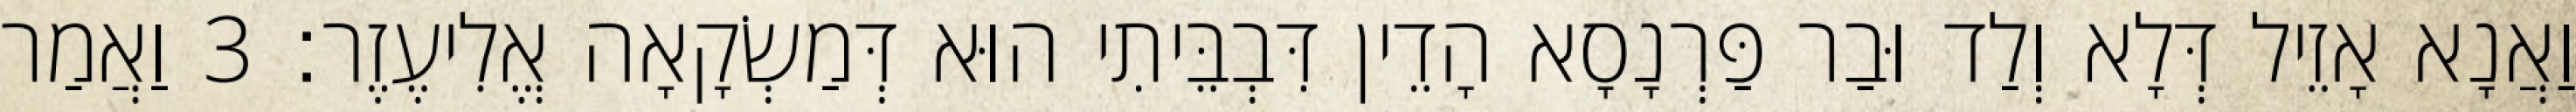
וַאֲנָא אָזֵיל דְּלָא וְלַד וּבַר פַּרְנָסָא הָדֵין דִּבְבֵּיתִי הוּא דְּמַשְׂקָאָה אֱלִיעֶזֶר׃ 3 וַאֲמַר